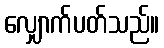
လျှောက်ပတ်သည်။